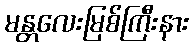
မန္တလေးမြစ်ကြီးနား